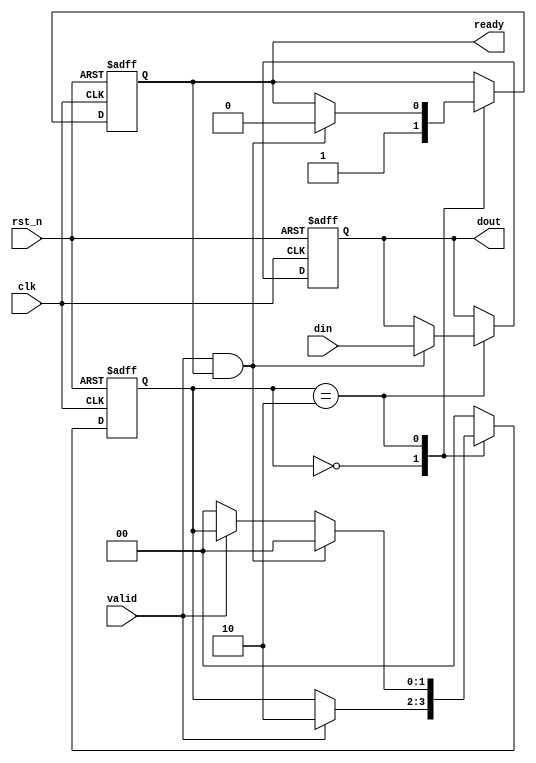
module ready_valid_handshake (
    input wire clk,          // Clock signal
    input wire rst_n,       // Active low reset
    input wire [7:0] din,   // Data input from producer
    input wire valid,       // Valid signal from producer
    output reg ready,       // Ready signal to producer
    output reg [7:0] dout   // Data output to consumer
);

    // State for the consumer
    reg [1:0] state;
    localparam IDLE = 2'b00,
               READY = 2'b01,
               PROCESS = 2'b10;

    // Process consumer state and data transfer
    always @(posedge clk or negedge rst_n) begin
        if (!rst_n) begin
            state <= IDLE;
            dout <= 8'b0;
            ready <= 1'b0;
        end else begin
            case (state)
                IDLE: begin
                    ready <= 1'b1; // Always ready to receive data
                    if (valid) begin
                        state <= PROCESS; // Move to process state if data is valid
                    end
                end
                
                PROCESS: begin
                    if (valid && ready) begin
                        dout <= din; // Capture data from producer
                        ready <= 1'b0; // Deassert ready to indicate processing
                        state <= IDLE; // Go back to idle after processing
                    end else if (!valid) begin
                        state <= IDLE; // Go back to idle if valid is low
                    end
                end
                
                default: state <= IDLE; // Fallback to idle state
            endcase
        end
    end

endmodule